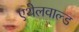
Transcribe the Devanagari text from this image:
एथेलवाल्ड